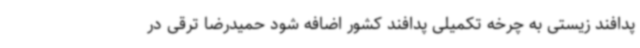
پدافند زیستی به چرخه تکمیلی پدافند کشور اضافه شود حمیدرضا ترقی در